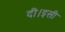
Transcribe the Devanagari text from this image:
दी।इसी